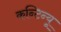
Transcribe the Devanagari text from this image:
कन्टिन्यू